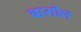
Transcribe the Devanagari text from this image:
बासोल